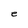
Character: e